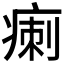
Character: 𤷫